Enquiry on enteric fever in India - Number 32
Disease focus: Fever
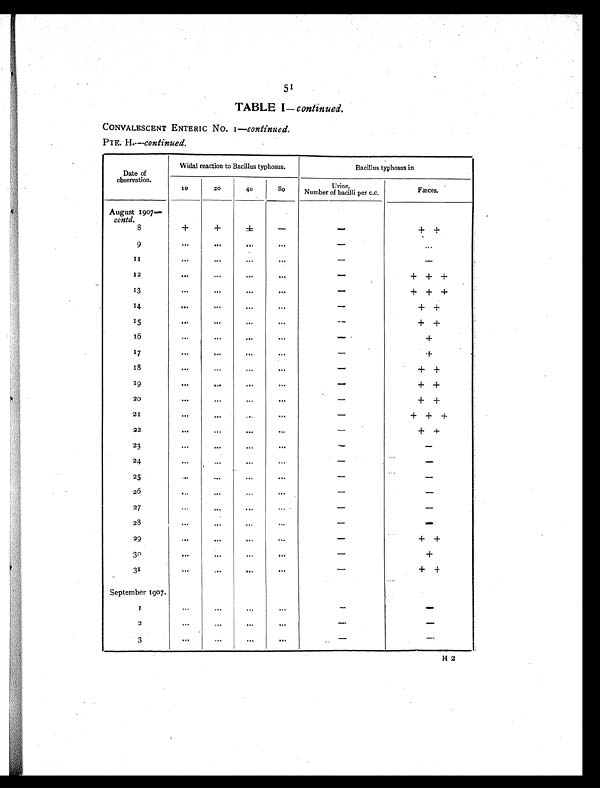
5
1
TABLE 1— continued.
CONVALESCENT ENTERIC No. 1— continued.
PTE. H.—continued.
Date of
observation.
Widal reaction to Bacillus typhosus.
Bacillus typhosus in
1 0 20
40
80
Urine.
Number of bacilli per c.c.
Fæces.
August I907—
contd.
8
+
+
±
-
- + +
9
. . .
...
. . .
...
-
. . .
1 1
...
...
. . .
. . .
-
-
12
...
. . .
. . .
. . .
- + + +
1 3
. . .
. . .
. . .
. . .
- + + +
14
. . .
. . .
. . .
. . .
-
+ +
1 5
. . .
. . .
. . .
. . .
- + +
1 6
. . .
. . .
. . .
. . .
-
+
17
. . .
. . .
. . .
. . .
-
+
1 8
. . .
...
. . .
...
- + +
1 9
...
. . .
. . .
. . .
- + +
20
...
. . .
. . .
. . .
-
+ +
21
. . .
...
. . .
. . .
-
+ + +
22
. . .
. . .
. . .
. . .
-
+ +
23
...
...
. . .
. . .
-
-
-
24
. . .
...
. . .
. . .
-
-
25
. . .
. . .
. . .
. . .
-
-
26
. . .
...
. . .
. . .
-
-
27
. . .
...
. . .
. . . .
-
-
28
. . .
...
...
...
-
-
29
. . .
. . .
. . .
. . .
-
+ +
30
. . .
. . .
. . .
. . .
-
+
31
. . .
. . .
. . .
. . .
- + +
September 1907.
1
. . .
. . .
. . .
. . .
-
-
2
. . .
. . .
. . .
. . .
-
-
3
...
. . .
. . .
. . .
-
-
H 2H 2